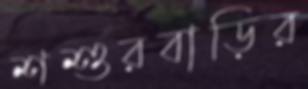
শশুরবাড়ির